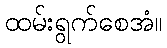
ထမ်းရွက်စေအံ။